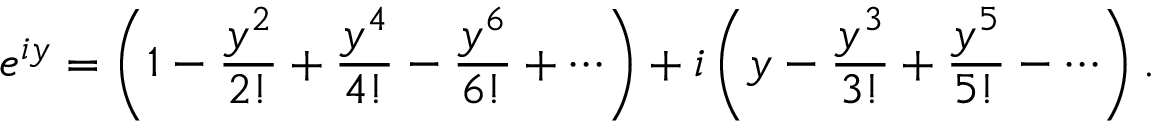
e ^ { i y } = \left( 1 - { \frac { y ^ { 2 } } { 2 ! } } + { \frac { y ^ { 4 } } { 4 ! } } - { \frac { y ^ { 6 } } { 6 ! } } + \cdots \right) + i \left( y - { \frac { y ^ { 3 } } { 3 ! } } + { \frac { y ^ { 5 } } { 5 ! } } - \cdots \right) .